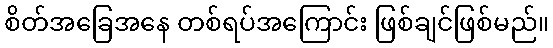
စိတ်အခြေအနေ တစ်ရပ်အကြောင်း ဖြစ်ချင်ဖြစ်မည်။